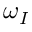
\omega _ { I }